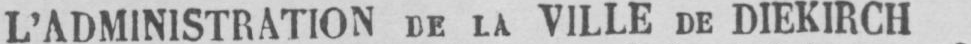
L’ADMINISTRATION DE LA VILLE DE DIEKIRCH